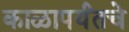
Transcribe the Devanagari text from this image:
काळापर्यंतचे